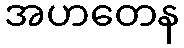
အဟတေန